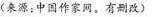
(来源：中国作家网。有删改)